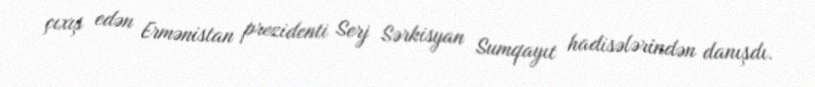
çıxış edən Ermənistan prezidenti Serj Sərkisyan Sumqayıt hadisələrindən danışdı.